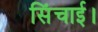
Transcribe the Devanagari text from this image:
सिंचाई।